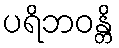
ပရိဘဝန္တိ